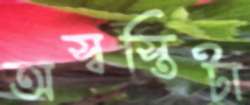
অস্বস্তিটা